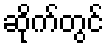
ဆိုက်တွင်